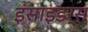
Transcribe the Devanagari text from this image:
इंसाइडर्स